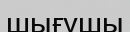
шығушы